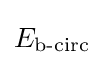
E_{\text{b-circ}}